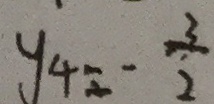
y _ { 4 } = - \frac { 3 } { 2 }